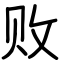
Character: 败